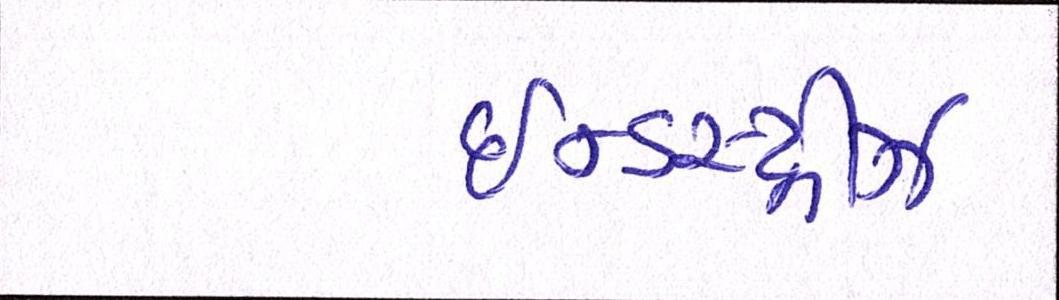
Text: ઈન્ડસ્ટ્રીઝ